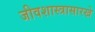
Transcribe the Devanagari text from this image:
जीवशास्त्रासारखे